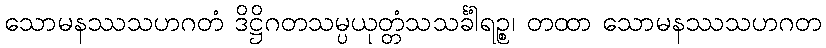
သောမနဿသဟဂတံ ဒိဋ္ဌိဂတသမ္ပယုတ္တံသသင်္ခါရဉ္စ၊ တထာ သောမနဿသဟဂတံ